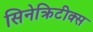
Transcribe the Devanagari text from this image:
सिनेक्रिटीक्स